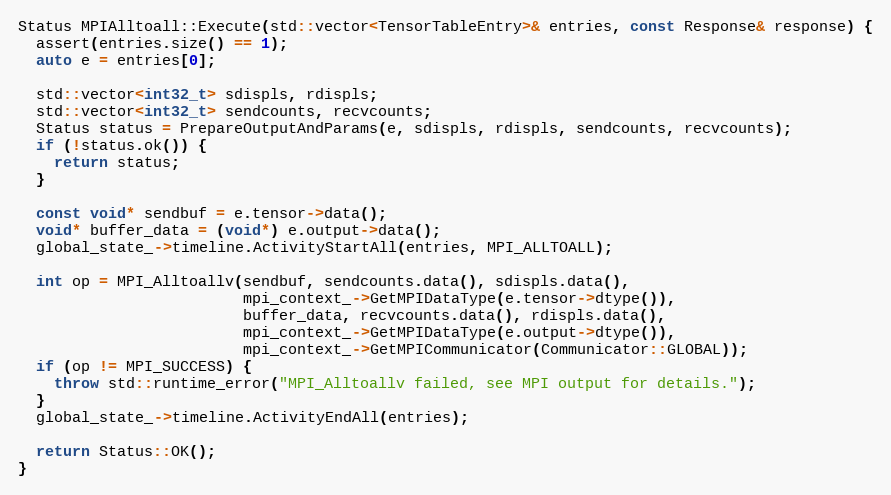
Language: C++
Status MPIAlltoall::Execute(std::vector<TensorTableEntry>& entries, const Response& response) {
  assert(entries.size() == 1);
  auto e = entries[0];

  std::vector<int32_t> sdispls, rdispls;
  std::vector<int32_t> sendcounts, recvcounts;
  Status status = PrepareOutputAndParams(e, sdispls, rdispls, sendcounts, recvcounts);
  if (!status.ok()) {
    return status;
  }

  const void* sendbuf = e.tensor->data();
  void* buffer_data = (void*) e.output->data();
  global_state_->timeline.ActivityStartAll(entries, MPI_ALLTOALL);

  int op = MPI_Alltoallv(sendbuf, sendcounts.data(), sdispls.data(),
                         mpi_context_->GetMPIDataType(e.tensor->dtype()),
                         buffer_data, recvcounts.data(), rdispls.data(),
                         mpi_context_->GetMPIDataType(e.output->dtype()),
                         mpi_context_->GetMPICommunicator(Communicator::GLOBAL));
  if (op != MPI_SUCCESS) {
    throw std::runtime_error("MPI_Alltoallv failed, see MPI output for details.");
  }
  global_state_->timeline.ActivityEndAll(entries);

  return Status::OK();
}